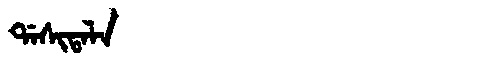
Manchu: ᡩᠠᠰᡳᡨᠠᠯᠠ
Romanization: DASITALA